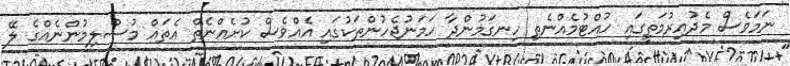
ނަމަވެސް މެދުއިރުމަތީގައި ހުއްޓުމެއްނެތި ހިނގަމުންދާ ހަމަނުޖެހުންތަކުގައި އެއްވެސް ކުށެއްނެތް އެތައް މުސްލިމުންނެއްގެ ލޭ